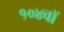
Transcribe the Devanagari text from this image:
१०४वॉ